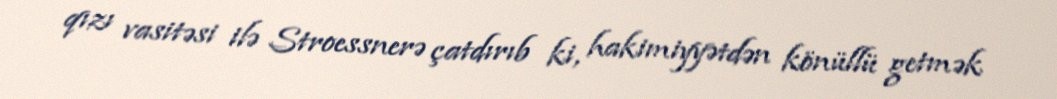
qızı vasitəsi ilə Stroessnerə çatdırıb ki, hakimiyyətdən könüllü getmək